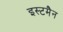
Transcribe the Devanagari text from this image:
इस्टमैन